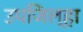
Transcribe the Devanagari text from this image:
उपजिल्हा